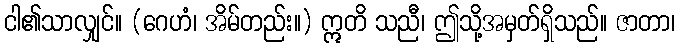
ငါ၏သာလျှင်။ (ဂေဟံ၊ အိမ်တည်း။) ဣတိ သညီ၊ ဤသို့အမှတ်ရှိသည်။ ဇာတာ၊